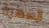
السهرة